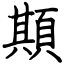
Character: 䫏